system: You are a helpful assistant.
user:
Analyze the provided spectrum to determine if it is a **White Dwarf (WD)**.

A White Dwarf spectrum is defined by its **extreme purity** (due to gravitational settling) and/or **extreme pressure broadening** (due to high surface gravity). You must check for one of the following mutually exclusive signatures:

- **Key Visual Indicators (Check for ONE of these types):**

    - **1. DA-Type Signature (Most Common):**
        - **(Primary Feature):** Extreme pressure broadening (Stark broadening) of the **Hydrogen (H) Balmer lines**.
        - **(Key Lines):** $H\beta$ (approx. $4861$ Å) and $H\gamma$ (approx. $4340$ Å). $H\alpha$ (approx. $6563$ Å) will also be present if the wavelength range covers it.
        - **(Line Profile):** This is the **defining feature**. The lines are **NOT** sharp. They appear as massive, **extremely broad and deep "troughs" or "dips"** in the spectrum, often hundreds of Ångströms wide. The continuum will appear to "scoop" down at these wavelengths.
        - **(Distinction):** Normal A-type or B-type stars have *narrow* and *sharp* Hydrogen lines. A DA White Dwarf's lines are unmistakably "smeared" or "blurry" from pressure.

    - **2. DB-Type Signature:**
        - **(Primary Feature):** Broad absorption lines from **Neutral Helium (He I)**. The spectrum must lack any visible Hydrogen lines.
        - **(Key Lines):** Look for broad absorption near $4471$ Å, $4921$ Å, and $5876$ Å.
        - **(Line Profile):** These lines are also significantly pressure-broadened, appearing much wider than they would in a normal B-type main-sequence star.

    - **3. DC-Type Signature:**
        - **(Primary Feature):** A **featureless continuous spectrum**.
        - **(Line Profile):** The spectrum is a smooth curve with **no significant absorption or emission lines**.
        - **(Key Confirmation):** The continuum is almost always **blue or white**, indicating a hot object. This signature implies the atmosphere is so pure (or so cool) that no spectral lines are visible in the optical range. Its WD identity is confirmed by its extremely low intrinsic brightness (high absolute magnitude).

    - **4. DZ-Type Signature (Metal-Polluted):**
        - **(Primary Feature):** **Isolated, narrow metal absorption lines** on an otherwise featureless (DC-like) continuum.
        - **(Key Lines):** The **Calcium (Ca II) H & K doublet** (approx. **$3934$ Å** and **$3968$ Å**) is the most common and defining feature.
        - **(Line Profile):** These lines are "out of place." They are *not* part of a "forest" of thousands of lines. This signature is evidence of recent *accretion* (pollution) from rocky debris.
        - **(Distinction):** Normal G/K/M stars have a *dense forest* of thousands of metal lines. A DZ has a *clean* continuum with *only a few* strong metal lines.

    - **5. DQ-Type Signature (Carbon-Polluted):**
        - **(Primary Feature):** Absorption bands from **Carbon (C₂ "Swan Bands" or atomic C I)**.
        - **(Key Lines - C₂):** Look for bandheads with a "saw-tooth" shape near $5635$ Å, **$5165$ Å** (strongest), and $4737$ Å.
        - **(Key Confirmation):** The underlying **continuum must be blue or white** (hot).
        - **(Distinction):** This is the critical difference from a **Carbon Star**, which has the *exact same* C₂ bands but on an extremely **red, cool** continuum.

- **(Overall Spectrum):**
    - The continuum (overall shape) is typically **blue-sloping** (brighter in the blue than the red), as most white dwarfs are very hot.
    - The spectrum will look "pure" or "simple," dominated by only *one* of the five signatures listed above.

Think first, call **spectral_visualization_tool** if needed to examine features in detail, then provide your final answer. Your response must adhere to the following strict rules:
1.  **Overall Structure:** Your response must follow the format `<think>...</think> <tool_call>...</tool_call> (if a tool is used) <answer>...</answer>`.
2.  **Tool Usage Constraint:** You may only make **one** tool call per turn.
3.  **Final Answer Format:** In the `<answer>` tag, your conclusion must be inside a `\boxed{}` command (e.g., `\boxed{YES}` or `\boxed{NO}`), followed by your justification.

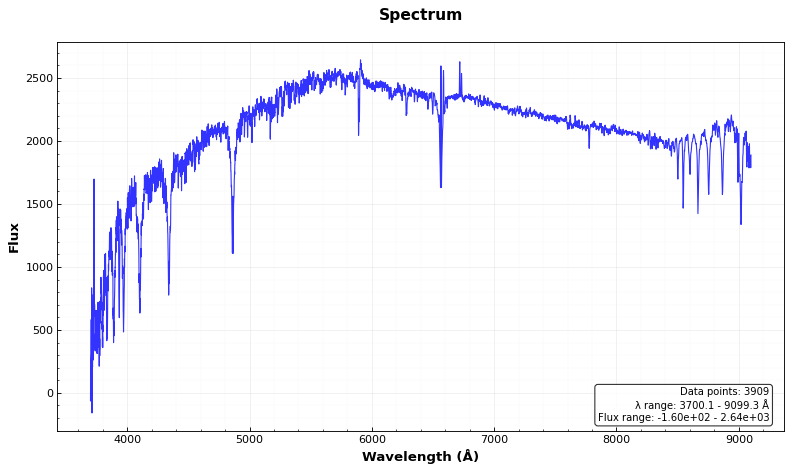
Answer: NO